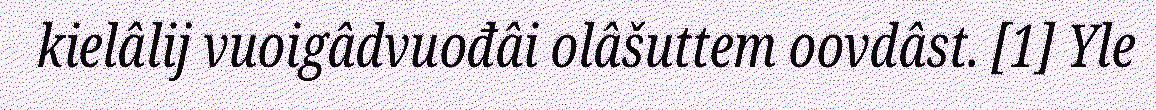
kielâlij vuoigâdvuođâi olâšuttem oovdâst. [1] Yle